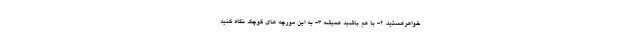
خواهرهستید. ۲- با هم باشید همیشه ۳- به این مورچه های کوچک نگاه کنید